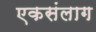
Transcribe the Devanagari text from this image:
एकसंलाग